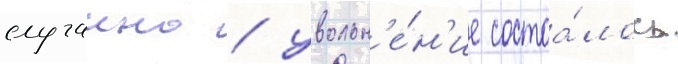
случаино / увольн'е́н'ие состоа́лось